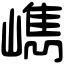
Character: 𡼕